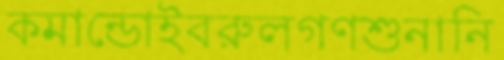
কমান্ডোইবরুলগণশুনানি